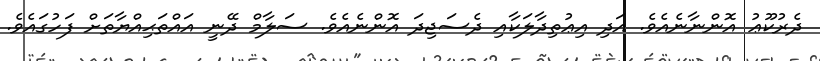
ދެރުކޫޢު އޮންނާނެއެވެ. އަދި އިޢުތިދާލަކާއި ދެސަޖިދަ އޮންނެއެވެ. ސަލާމް ދޭނީ އައްތަޙިއްޔާތަށް ފަހުގައެވެ.